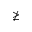
\ngeq